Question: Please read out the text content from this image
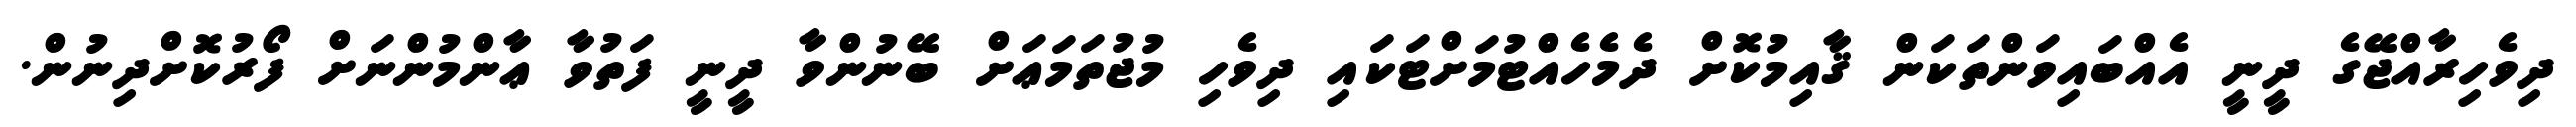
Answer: ދިވެހިރާއްޖޭގެ ދީނީ އެއްބައިވަންތަކަން ޤާއިމުކޮށް ދެމެހެއްޓުމަށްޓަކައި ދިވެހި މުޖުތަމަޢަށް ބޭނުންވާ ދީނީ ފަތުވާ ޢާންމުންނަށް ފޯރުކޮށްދިނުން.